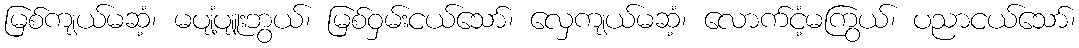
မြစ်ကျယ်မဆံ့၊ မပျံ့ပျူးဘွယ်၊ မြစ်ဝှမ်းငယ်သော်၊ လှေကျယ်မဆံ့၊ လောက်ငံ့မကြွယ်၊ ပညာငယ်သော်၊